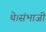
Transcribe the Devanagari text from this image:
थे।संभाजी